Indian journal of veterinary science and animal husbandry - Volumes 24-25, 1954-1955
Year: 1954
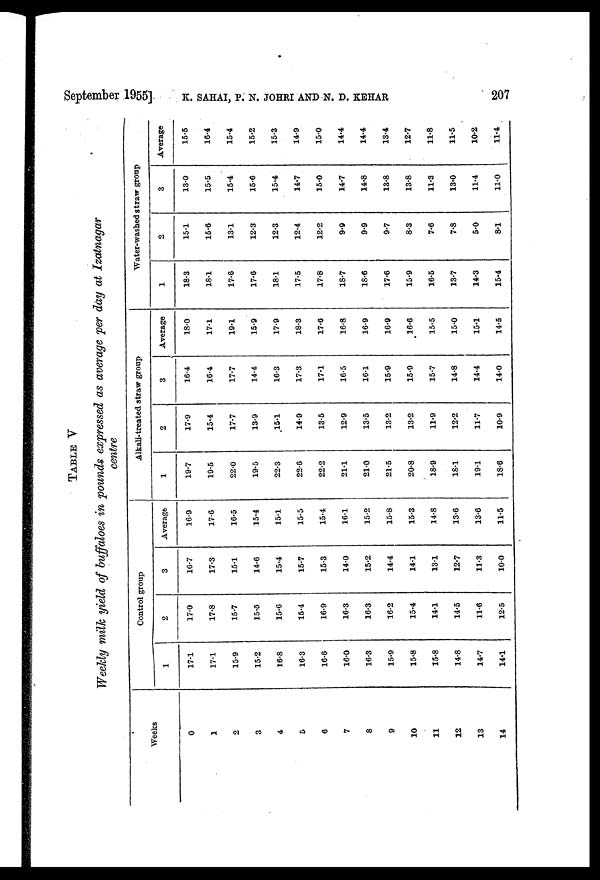
September 1955] K. SAHAI, P. N. JOHRI AND N. D. KEHAR 207
TABLE V
Weekly milk yield of buffaloes in pounds expressed as average per day at Izatnagar
centre
Weeks
0
1
2
3
4
5
6
7
8
9
10
11
12
13
14
Control group
1
17.1
17.1
15.9
15.2
16.8
16.3
16.6
16.0
16.3
15.9
15.8
15.8
14.8
14.7
14.1
2
17.0
17.8
15.7
15.5
15.6
15.4
16.9
16.3
16.3
16.2
15.4
14.1
14.5
11.6
12.5
3
16.7
17.3
15.1
14.6
15.4
15.7
15.3
14.0
15.2
14.4
14.1
13.1
12.7
11.3
10.0
Average
16.9
17.6
16.5
15.4
15.1
15.5
15.4
16.1
15.2
15.8
15.3
14.8
13.6
13.6
11.5
Alkali-treated straw group
1
19.7
19.5
22.0
19.5
22.3
22.6
22.2
21.1
21.0
21.5
20.8
18.9
18.1
19.1
18.6
2
17.9
15.4
17.7
13.9
15.1
14.9
13.5
12.9
13.5
13.2
13.2
11.9
12.2
11.7
10.9
3
16.4
16.4
17.7
14.4
16.3
17.3
17.1
16.5
16.1
15.9
15.9
15.7
14.8
14.4
14.0
Average
18.0
17.1
19.1
15.9
17.9
18.3
17.6
16.8
16.9
16.9
16.6
15.5
15.0
15.1
14.5
Water-washed straw group
1
18.3
18.1
17.6
17.6
18.1
17.5
17.8
18.7
18.6
17.6
15.9
16.5
13.7
14.3
15.4
2
15.1
15.6
13.1
12.3
12.3
12.4
12.2
9.9
9.9
9.7
8.3
7.6
7.8
5.0
8.1
3
13.0
15.5
15.4
15.6
15.4
14.7
15.0
14.7
14.8
13.8
13.8
11.3
13.0
11.4
11.0
Average
15.5
16.4
15.4
15.2
15.3
14.9
15.0
14.4
14.4
13.4
12.7
11.8
11.5
10.2
11.4